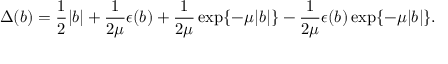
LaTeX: \Delta ( b ) = \frac { 1 } { 2 } \vert b \vert + \frac { 1 } { 2 \mu } \epsilon ( b ) + \frac { 1 } { 2 \mu } \exp \{ - \mu \vert b \vert \} - \frac { 1 } { 2 \mu } \epsilon ( b ) \exp \{ - \mu \vert b \vert \} .